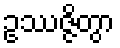
ဥဿဇ္ဇိတွာ